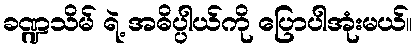
ခဏ္ဍသိမ် ရဲ့ အဓိပ္ပါယ်ကို ပြောပါအုံးမယ်။